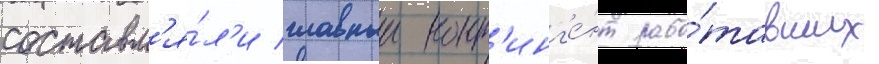
составл'я́л'и главныи конт'инг'е́нт рабо́тавших